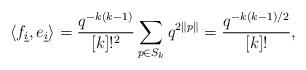
LaTeX: \begin{align*}\langle f_{\underline{i}}, e_{\underline{i}}\rangle = \frac{q^{- k (k - 1)}}{[k]!^2} \sum_{p \in S_{k}} q^{2\|p\|} = \frac{q^{- k (k - 1) / 2}}{[k]!},\end{align*}